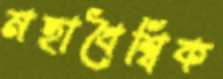
মহাবৈশ্বিক